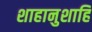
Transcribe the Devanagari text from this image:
शाहानुशाहि